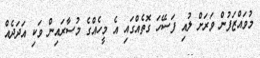
މުވައްޒަފުން ވަރަށް ލުއި ފަސޭހަ ގޮތެއްގައި އެ މީހެއްގެ މުސާރައިން ވަކި އަދަދެއް